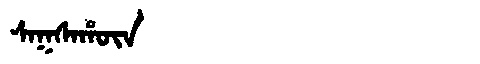
Manchu: ᠰᠠᡴᠰᠠᡥᡡᠨ
Romanization: SAKSAHŪN